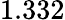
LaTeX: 1.332